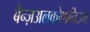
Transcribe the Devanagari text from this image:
बेन्ज़अलकोणनिउम